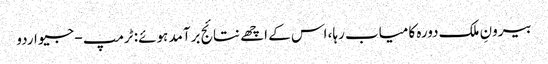
بیرونِ ملک دورہ کامیاب رہا، اس کے اچھے نتائج برآمد ہوئے: ٹرمپ - جیو اردو